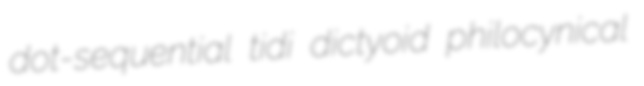
dot-sequential tidi dictyoid philocynical